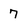
Character: 7